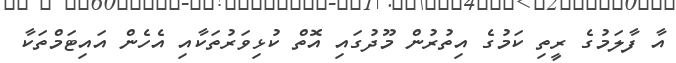
އާ ފާލަމުގެ ރީތި ކަމުގެ އިތުރުން މޫދުގައި އޮތް ކުޅިވަރުތަކާއި އެހެން އައިޓަމްތަކާ